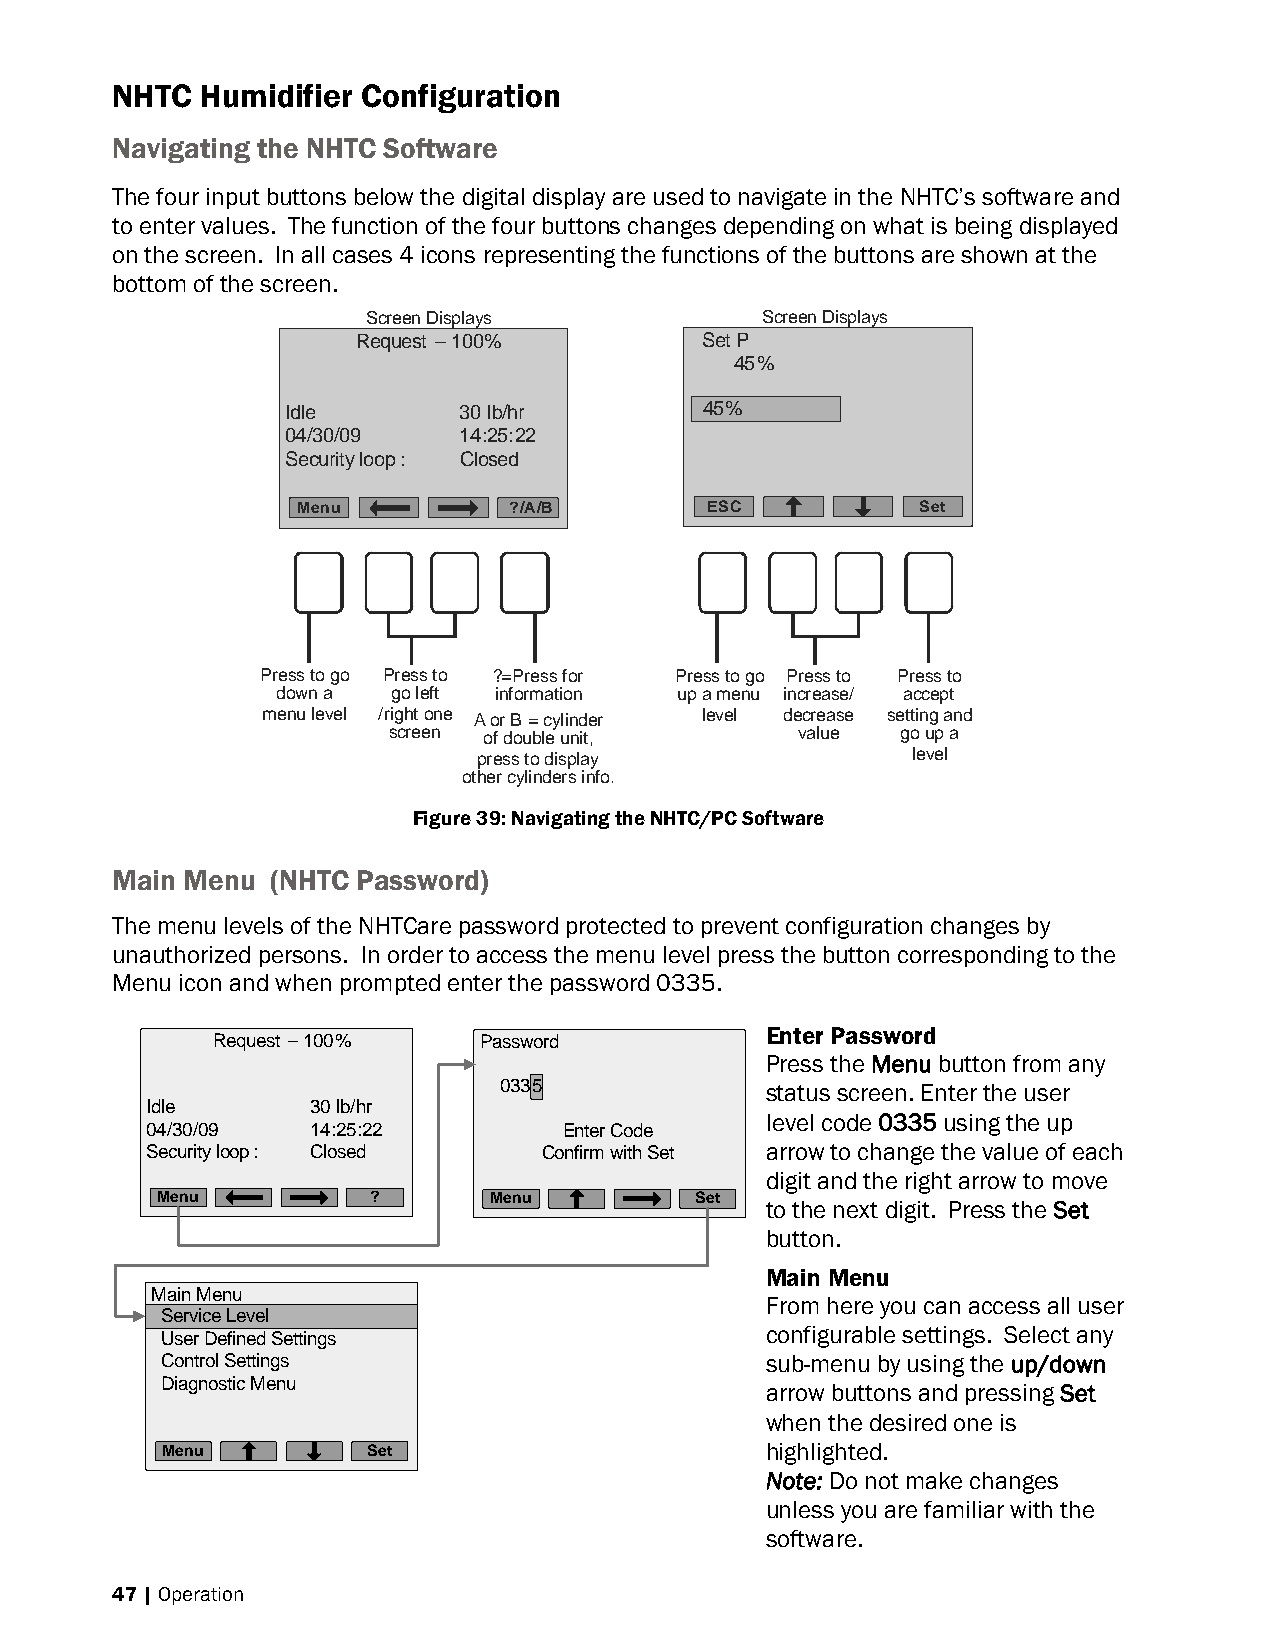
NHTC  Humidifier Configuration
 Navigating the NHTC Software
 The four input buttons below the digital display are used to navigate in the NHTC’s software and
 to enter values. The function of the four buttons changes depending on what is being displayed
 on the screen. In all cases 4 icons representing the functions of the buttons are shown at the
 bottom of the screen.
 Screen Displays           Screen Displays
 Request –100%         Set P
 45%
 Idle       30 lb/hr         4455% %
 04/30/09   14:25:22
 Security loop: Closed
 Menu          ?/A/B        ESC           Set
 Press to go Press to ?=Press for Press to go Press to Press to
 down a  go left information up a menu increase/ accept
 menu level /right one A or B = cylinder level decrease setting and
 screen of double unit,     value  go up a
 press to display            level
 other cylinders info.
 Figure 39: Navigating the NHTC/PC Software
 Main Menu  (NHTC Password)
 The menu levels of the NHTCare password protected to prevent configuration changes by
 unauthorized persons. In order to access the menu level press the button corresponding to the
 Menu icon and when prompted enter the password 0335.
 Enter Password
 Request –100%     Password
 Press the Menu button from any
 03355             status screen. Enter the user
 Idle       30 lb/hr
 level code 0335 using the up
 04/30/09   14:25:22        Enter Code
 Security loop: Closed     Confirm with Set arrow to change the value of each
 digit and the right arrow to move
 Menu           ?      Menu          Set
 to the next digit. Press the Set
 button.
 Main Menu
 Main Menu
 From here you can access all user
 SSeerrvviiccee LLeevveell
 configurable settings. Select any
 User Defined Settings
 Control Settings                        sub-menu by using the up/down
 Diagnostic Menu
 arrow buttons and pressing Set
 when the desired one is
 Menu         Set                        highlighted.
 Note: Do not make changes
 unless you are familiar with the
 software.
 47 | Operation